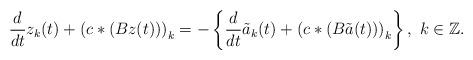
LaTeX: \begin{align*}\frac{d}{dt}z_k(t)+\left(c*(Bz(t))\right)_k=-\left\{\frac{d}{dt}\tilde{a}_k(t)+\left(c*(B\tilde{a}(t))\right)_k\right\},~k\in\mathbb{Z}.\end{align*}